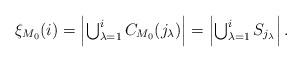
LaTeX: \begin{align*}\xi_{M_0}(i)=\left|\textstyle\bigcup_{\lambda=1}^iC_{M_0}(j_\lambda)\right|=\left|\textstyle\bigcup_{\lambda=1}^{i}S_{j_\lambda}\right|.\end{align*}